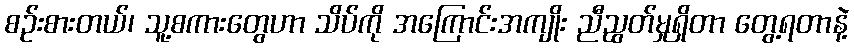
စဉ်းစားတယ်၊ သူ့စကားတွေဟာ သိပ်ကို အကြောင်းအကျိုး ညီညွတ်မှုရှိတာ တွေ့ရတာနဲ့